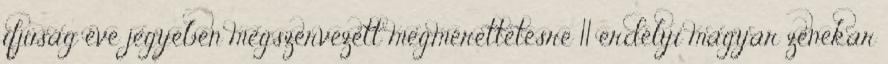
ifjúság éve jegyében megszervezett megmérettetésre 11 erdélyi magyar zenekar